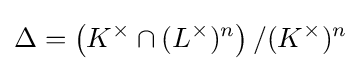
\Delta =\left(K^{\times }\cap (L^{\times })^{n}\right)/(K^{\times })^{n}